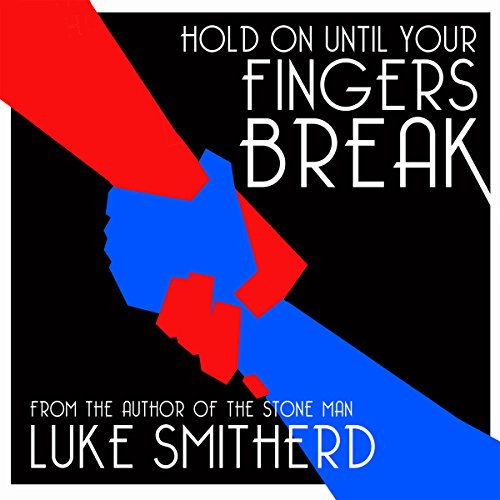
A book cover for Hold on Until Your Fingers Break: Tales of the Unusual, Book 1; Luke Smitherd; Science Fiction & Fantasy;